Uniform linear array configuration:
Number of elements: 48
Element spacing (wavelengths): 1
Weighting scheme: cosine
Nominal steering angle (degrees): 0
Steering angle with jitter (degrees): -0.9712
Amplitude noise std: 0.05
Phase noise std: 0.05

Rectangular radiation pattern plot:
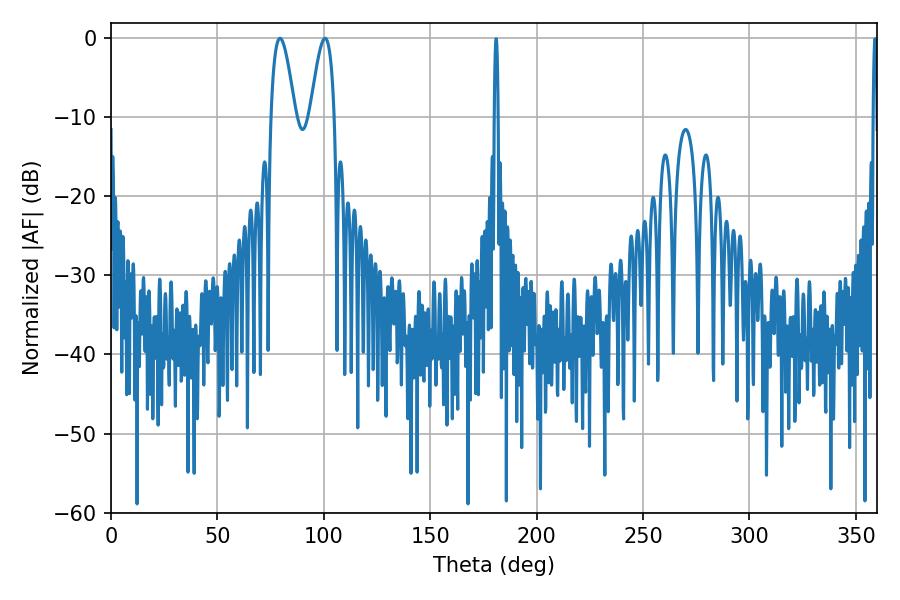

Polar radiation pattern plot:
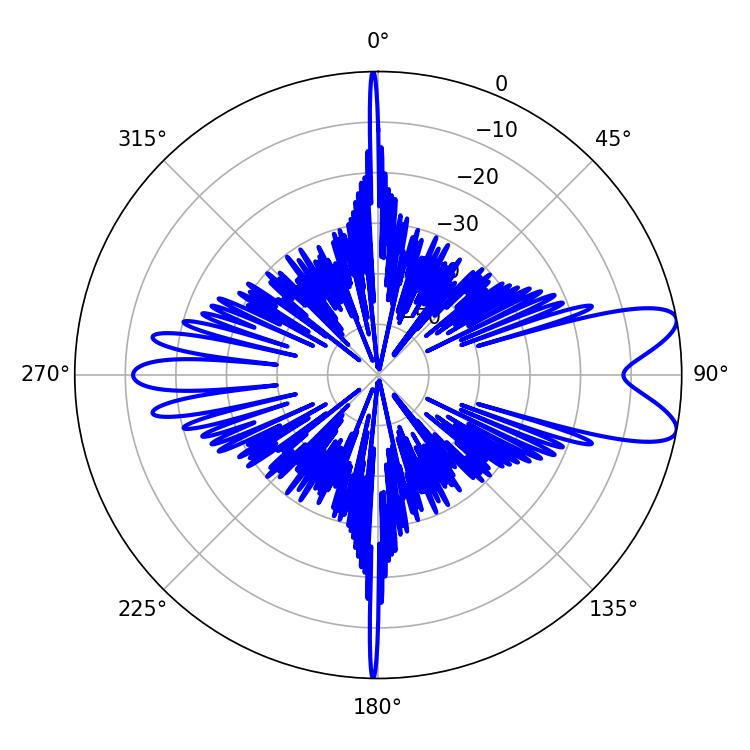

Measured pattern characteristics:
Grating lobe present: TRUE
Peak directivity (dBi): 9.46
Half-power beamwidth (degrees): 6.12
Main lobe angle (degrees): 79.38